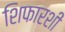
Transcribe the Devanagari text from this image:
शिफारशीं